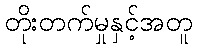
တိုးတက်မှုနှင့်အတူ